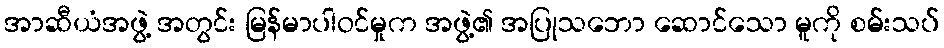
အာဆီယံအဖွဲ့ အတွင်း မြန်မာပါဝင်မှုက အဖွဲ့၏ အပြုသဘော ဆောင်သော မူကို စမ်းသပ်